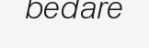
bedare